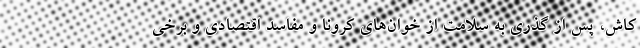
کاش، پس از گذری به سلامت از خوان‌های کرونا و مفاسد اقتصادی و برخی